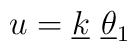
u = \underline{k}~ \underline{\theta} _1